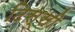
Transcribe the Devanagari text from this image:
टिस्सी